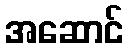
အဆောင်